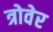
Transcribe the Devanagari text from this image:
त्रोवेर